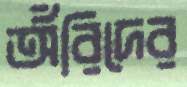
অঁরিদের